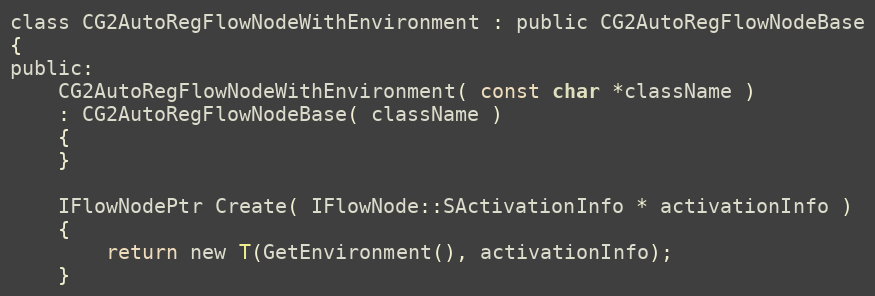
Language: C
class CG2AutoRegFlowNodeWithEnvironment : public CG2AutoRegFlowNodeBase
{
public:
	CG2AutoRegFlowNodeWithEnvironment( const char *className )
	: CG2AutoRegFlowNodeBase( className )
	{
	}

	IFlowNodePtr Create( IFlowNode::SActivationInfo * activationInfo )
	{
		return new T(GetEnvironment(), activationInfo);
	}